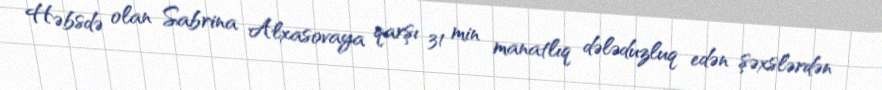
Həbsdə olan Sabrina Alxasovaya qarşı 31 min manatlıq dələduzluq edən şəxslərdən